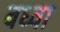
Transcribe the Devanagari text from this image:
बध्वा